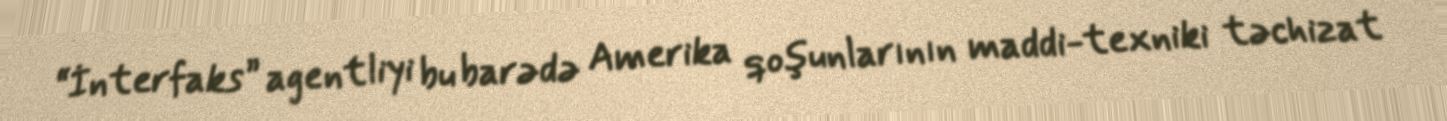
“İnterfaks” agentliyi bu barədə Amerika qoşunlarının maddi-texniki təchizat